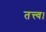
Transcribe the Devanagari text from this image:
तत्त्व।